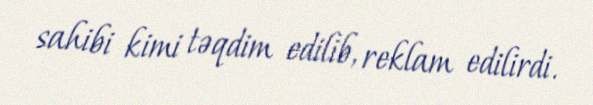
sahibi kimi təqdim edilib, reklam edilirdi.